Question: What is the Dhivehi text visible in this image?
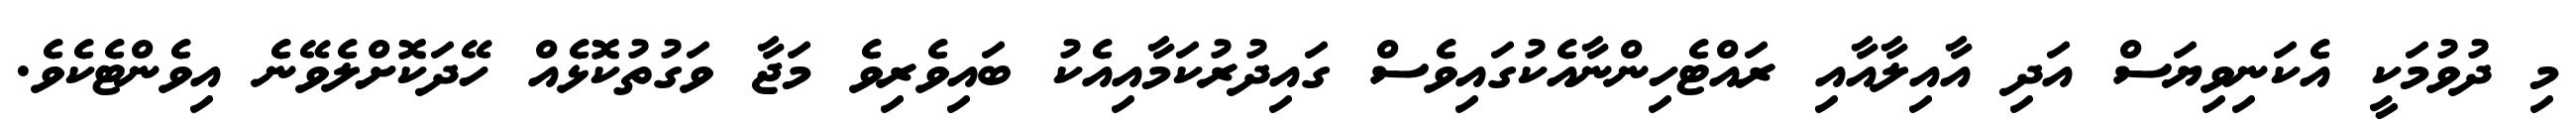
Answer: މި ދުވުމަކީ އެކަނިވިޔަސް އަދި އާއިލާއާއި ރައްޓެހިންނާއެކުގައިވެސް ގައިދުރުކަމާއިއެކު ބައިވެރިވެ މަޖާ ވަގުތުކޮޅެއް ހޭދަކޮށްލެވޭނެ އިވެންޓެކެވެ.